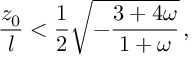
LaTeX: { \frac { z _ { 0 } } { l } } < { \frac { 1 } { 2 } } \sqrt { - { \frac { 3 + 4 \omega } { 1 + \omega } } } \, ,